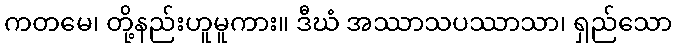
ကတမေ၊ တို့နည်းဟူမူကား။ ဒီဃံ အဿာသပဿာသာ၊ ရှည်သော